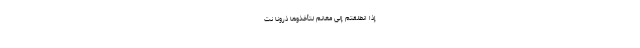
إِذَا انْطَلَقْتُمْ إِلَى مَغَانِمَ لِتَأْخُذُوهَا ذَرُونَا نَتَّ